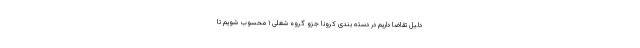
دلیل تقاضا داریم در دسته بندی کرونا جزو گروه شغلی ۱ محسوب شویم تا